Scottish Leaving Certificate Examination, 1961
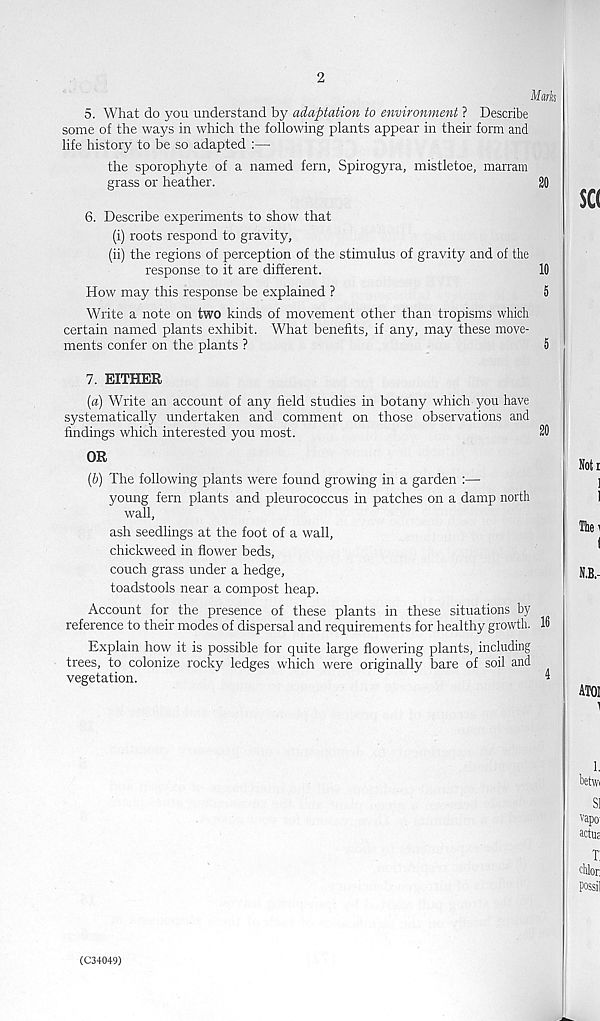
2
5. What do you understand by adaptation to environment ? Describe
some of the ways in which the following plants appear in their form and
life history to be so adapted :—
the sporophyte of a named fern, Spirogyra, mistletoe, marram
grass or heather.
20
6. Describe experiments to show that
(i) roots respond to gravity,
(ii) the regions of perception of the stimulus of gravity and of the
response to it are different.
10
How may this response be explained ?
5
Write a note on two kinds of movement other than tropisms which
certain named plants exhibit. What benefits, if any, may these move-
ments confer on the plants ?
5
7. EITHER
[а) Write an account of any field studies in botany which you have
systematically undertaken and comment on those observations and
findings which interested you most.
20
OR
(б) The following plants were found growing in a garden :—
young fern plants and pleurococcus in patches on a damp north
wall,
ash seedlings at the foot of a wall,
chickweed in flower beds,
couch grass under a hedge,
toadstools near a compost heap.
Account for the presence of these plants in these situations by
reference to their modes of dispersal and requirements for healthy growth. 16
Explain how it is possible for quite large flowering plants, including
trees, to colonize rocky ledges which were originally bare of soil and
vegetation.
’
(C34049)